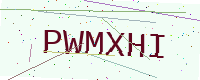
Text: PWMXHI